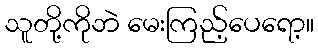
သူတို့ကိုဘဲ မေးကြည့်ပေရော့။